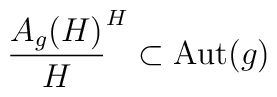
\frac{A_g(H)}{H} \sp H \subset {\rm Aut}(g)